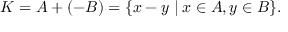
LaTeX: K = A + ( - B ) = \{ x - y \mid x \in A , y \in B \} .